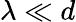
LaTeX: \lambda\ll d